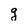
Character: g